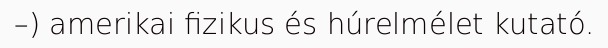
–) amerikai fizikus és húrelmélet kutató.